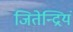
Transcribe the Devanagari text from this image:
जितेन्द्रियं